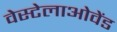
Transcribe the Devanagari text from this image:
वेस्टेलाओवेंड